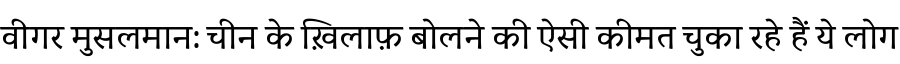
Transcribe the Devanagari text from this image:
वीगर मुसलमान: चीन के ख़िलाफ़ बोलने की ऐसी कीमत चुका रहे हैं ये लोग